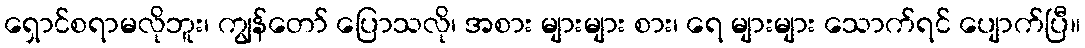
ရှောင်စရာမလိုဘူး၊ ကျွန်တော် ပြောသလို၊ အစား များများ စား၊ ရေ များများ သောက်ရင် ပျောက်ပြီ။